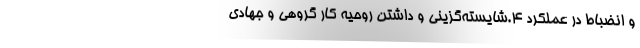
و انضباط در عملکرد ۴.شایسته‌گزینی و داشتن روحیه کار گروهی و جهادی